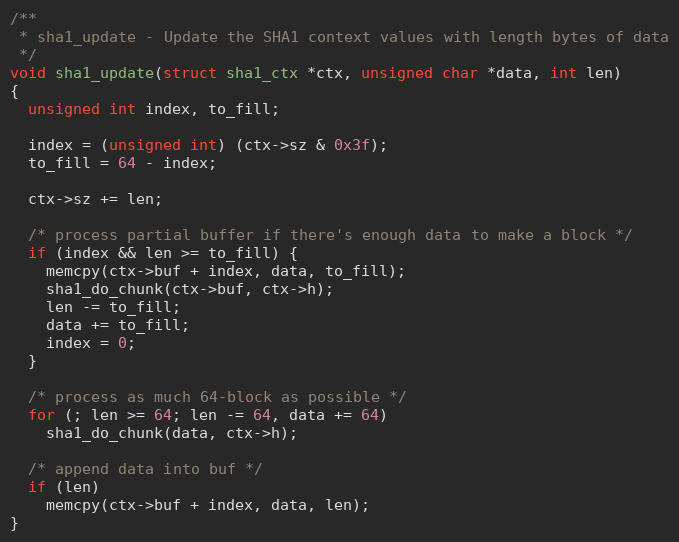
Language: C
/**
 * sha1_update - Update the SHA1 context values with length bytes of data
 */
void sha1_update(struct sha1_ctx *ctx, unsigned char *data, int len)
{
  unsigned int index, to_fill;

  index = (unsigned int) (ctx->sz & 0x3f);
  to_fill = 64 - index;

  ctx->sz += len;

  /* process partial buffer if there's enough data to make a block */
  if (index && len >= to_fill) {
    memcpy(ctx->buf + index, data, to_fill);
    sha1_do_chunk(ctx->buf, ctx->h);
    len -= to_fill;
    data += to_fill;
    index = 0;
  }

  /* process as much 64-block as possible */
  for (; len >= 64; len -= 64, data += 64)
    sha1_do_chunk(data, ctx->h);

  /* append data into buf */
  if (len)
    memcpy(ctx->buf + index, data, len);
}